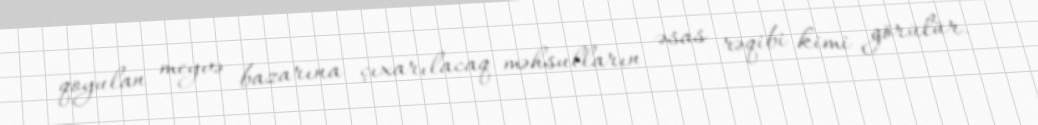
qoyulan meyvə bazarına çıxarılacaq məhsulların əsas rəqibi kimi görülür.